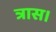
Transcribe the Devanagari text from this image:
त्रास।